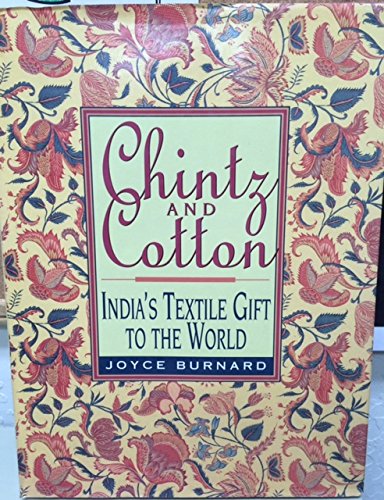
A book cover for Chintz and Cotton India's Textile Gift to the World; Joyce Burnard; Crafts, Hobbies & Home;